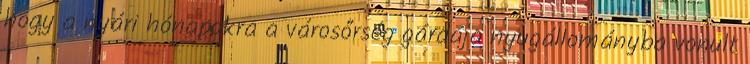
hogy a nyári hónapokra a városőrség gárdája nyugállományba vonult